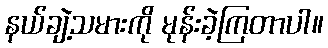
နယ်ချဲ့သမားကို မုန်းခဲ့ကြတာပါ။